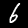
Digit: 6